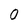
Character: 0